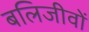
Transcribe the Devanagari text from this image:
बलिजीवों